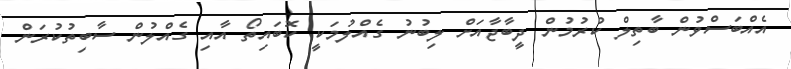
އެއްބަސްވުން ބާތިލް ކުރުމުން ދީބާޖާއަށް ލިބުނު ގެއްލުމަކީ ކޮބައިތޯ އާއި ގެއްލުން ސާބިތުކުރަން